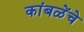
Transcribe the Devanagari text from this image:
कांबळेंचे